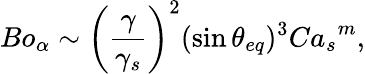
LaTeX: {Bo_{\alpha}}\sim\left(\frac{\gamma}{\gamma_{s}}\right)^{2}(\sin{\theta_{eq}})^{3}{Ca_{s}}^{m},